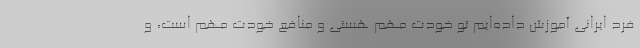
فرد ایرانی آموزش داده‌ایم تو خودت مهم هستی و منافع خودت مهم است، و